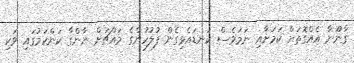
ގާނޫނާ އެއްގޮތަށް ކަމަށާއި ނަމަވެސް ކަނޑައެޅިގެން ފުލުހުންގެ މައްޗަށް ނާންގާ ކަންކަމުގައި ވަކި